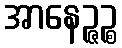
အာနေဉ္ဇဉ္စ